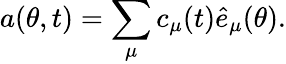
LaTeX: a(\theta,t)=\sum_{\mu}c_{\mu}(t){\hat{e}_{\mu}(\theta)}.